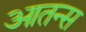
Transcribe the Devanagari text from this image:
आतन्स